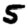
Digit: 5